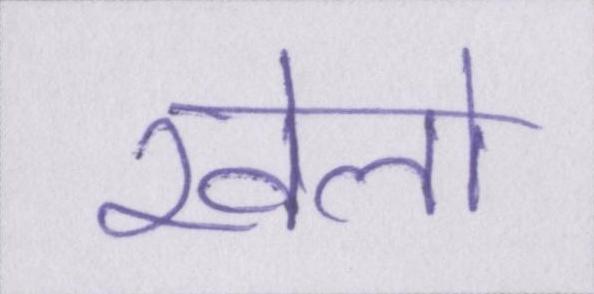
खेलो